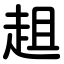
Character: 趄